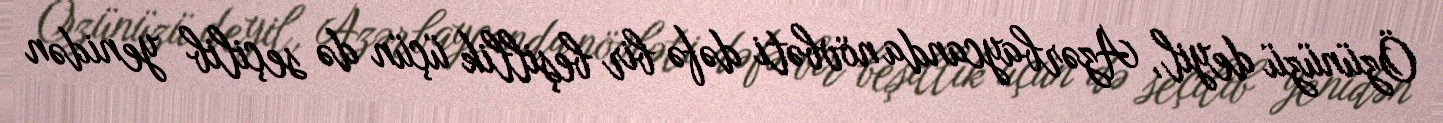
Özünüzü deyil, Azərbaycanda növbəti dəfə bir beşillik üçün də seçilib yenidən